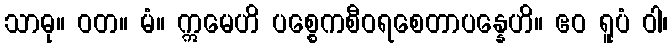
သာဓု။ ဝတ။ မံ။ ဣမေဟိ ပစ္စေကစီဝရစေတာပန္နေဟိ။ ဧဝ ရူပံ ဝါ၊